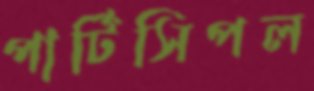
পার্টিসিপল